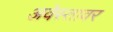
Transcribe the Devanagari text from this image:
अवेस्तावर